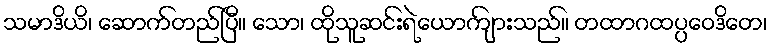
သမာဒိယိ၊ ဆောက်တည်ပြီ။ သော၊ ထိုသူဆင်းရဲယောကျ်ားသည်။ တထာဂထပ္ပဝေဒိတေ၊